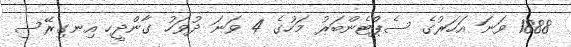
1888 ވަނަ އަހަރުގެ ސެޕްޓެންބަރު މަހުގެ 4 ވަނަ ދުވަހު ގާންދީހ އިނގިރޭސި